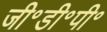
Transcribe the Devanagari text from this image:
जी॰डी॰पी॰